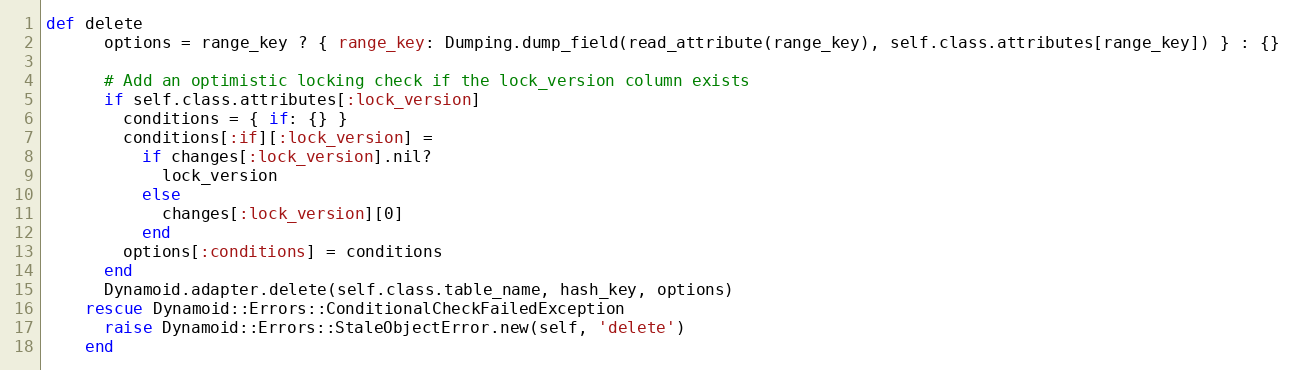
Language: Ruby
def delete
      options = range_key ? { range_key: Dumping.dump_field(read_attribute(range_key), self.class.attributes[range_key]) } : {}

      # Add an optimistic locking check if the lock_version column exists
      if self.class.attributes[:lock_version]
        conditions = { if: {} }
        conditions[:if][:lock_version] =
          if changes[:lock_version].nil?
            lock_version
          else
            changes[:lock_version][0]
          end
        options[:conditions] = conditions
      end
      Dynamoid.adapter.delete(self.class.table_name, hash_key, options)
    rescue Dynamoid::Errors::ConditionalCheckFailedException
      raise Dynamoid::Errors::StaleObjectError.new(self, 'delete')
    end